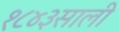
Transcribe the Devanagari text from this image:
१८४३साली